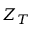
Z _ { T }